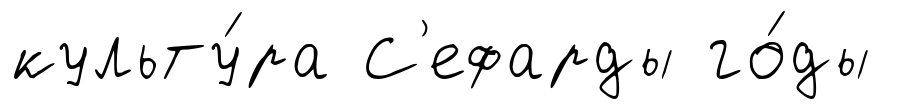
культу́ра С'ефарды го́ды